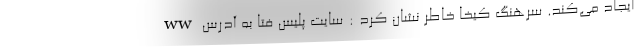
ایجاد می‌کند. سرهنگ کیخا خاطر نشان کرد : سایت پلیس فتا به آدرس ww